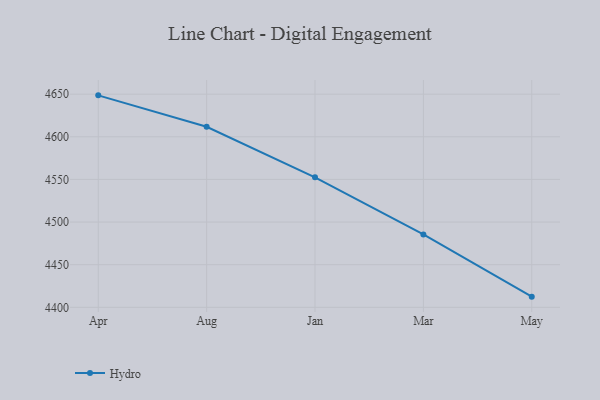
{"axis": {"x": "Month", "y": "Latency (ms)"}, "legend": ["Hydro"], "data": [{"x": "Apr", "y": 4648.6, "type": "Hydro"}, {"x": "Aug", "y": 4611.7, "type": "Hydro"}, {"x": "Jan", "y": 4552.4, "type": "Hydro"}, {"x": "Mar", "y": 4485.5, "type": "Hydro"}, {"x": "May", "y": 4412.5, "type": "Hydro"}]}